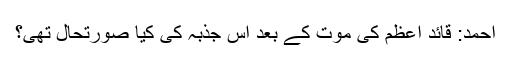
احمد: قائد اعظم کی موت کے بعد اس جذبہ کی کیا صورتحال تھی؟